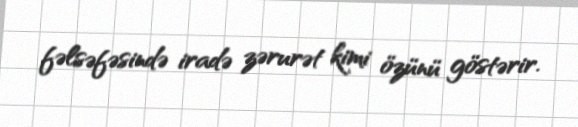
fəlsəfəsində iradə zərurət kimi özünü göstərir.